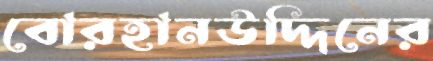
বোরহানউদ্দিনের